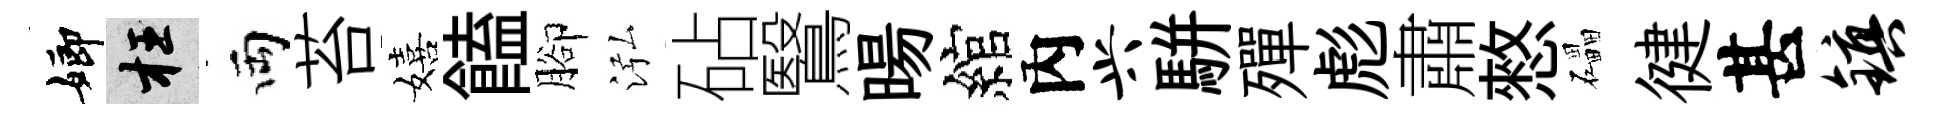
嫏枉両苔嬉饁腳泓砧鷖暘綰內兴駢殫彪肅憗礧徤甚镇